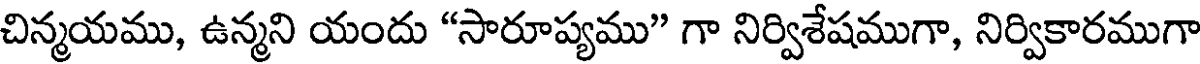
చిన్మయము, ఉన్మని యందు "సారూప్యము" గా నిర్విశేషముగా, నిర్వికారముగా